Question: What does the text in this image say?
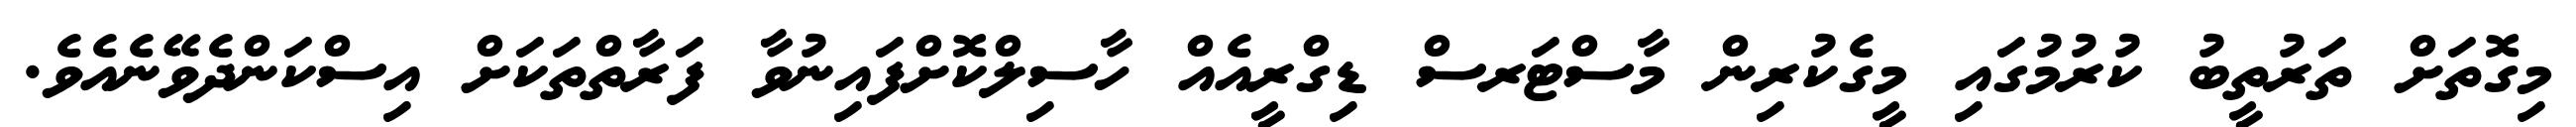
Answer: މިގޮތަށް ތަރުތީބު ކުރުމުގައި މީގެކުރިން މާސްޓަރސް ޑިގްރީއެއް ހާސިލްކޮށްފައިނުވާ ފަރާތްތަކަށް އިސްކަންދެވޭނެއެވެ.